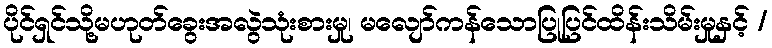
ပိုင်ရှင်သို့မဟုတ်ခွေးအလွဲသုံးစားမှု၊ မလျော်ကန်သောပြုပြင်ထိန်းသိမ်းမှုနှင့် /